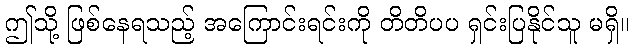
ဤသို့ ဖြစ်နေရသည့် အကြောင်းရင်းကို တိတိပပ ရှင်းပြနိုင်သူ မရှိ။